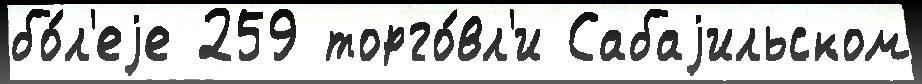
бо́л'еjе 259 торго́вл'и Сабаjильском